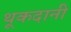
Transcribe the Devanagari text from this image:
थूकदानी